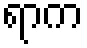
ရာက